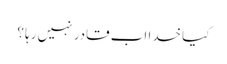
کیا خدا اب قادر نہیں رہا ؟